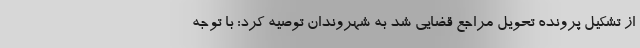
از تشکیل پرونده تحویل مراجع قضایی شد به شهروندان توصیه کرد: با توجه